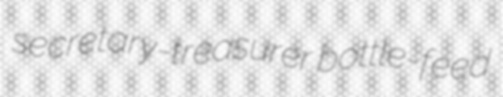
secretary-treasurer bottle-feed